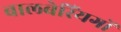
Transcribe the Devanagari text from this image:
बालबेरिंयगों